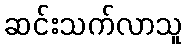
ဆင်းသက်လာသူ